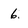
Character: 6